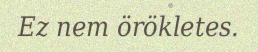
Ez nem örökletes.